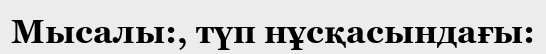
Мысалы:, түп нұсқасындағы: